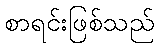
စာရင်းဖြစ်သည်